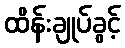
ထိန်းချုပ်ခွင့်